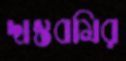
দাস্তবমির